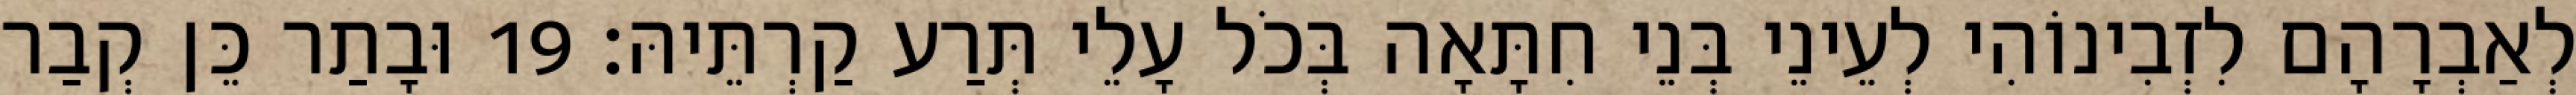
לְאַבְרָהָם לִזְבִינוֹהִי לְעֵינֵי בְּנֵי חִתָּאָה בְּכֹל עָלֵי תְּרַע קַרְתֵּיהּ׃ 19 וּבָתַר כֵּן קְבַר